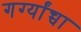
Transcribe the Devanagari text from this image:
गर्ग्यांच्चा